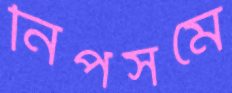
নিপসমে